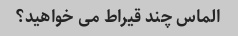
الماس چند قیراط می خواهید؟